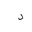
Letter: _dal